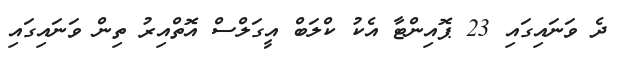
ދެ ވަނައިގައި 23 ޕޮއިންޓާ އެކު ކްލަބް އީގަލްސް އޮތްއިރު ތިން ވަނައިގައި